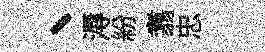
、溽紛翥忠